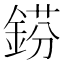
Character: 𨧼